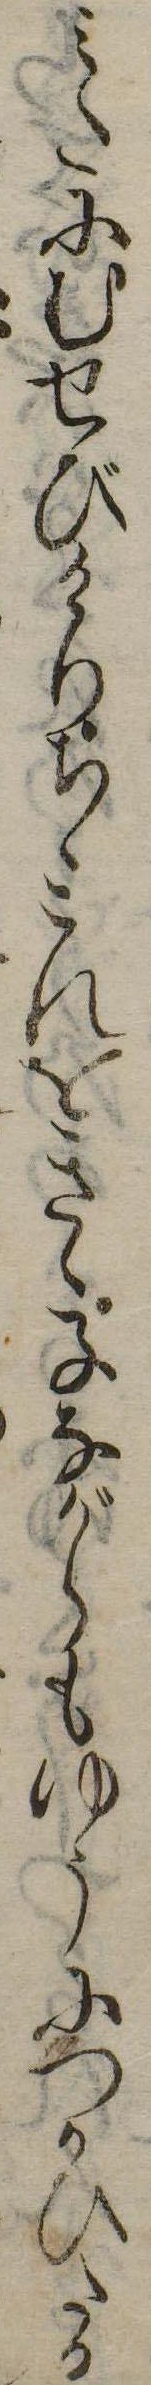
みたにむせびけりちゝこれをきゝ子ながらもゆうにつかひたる